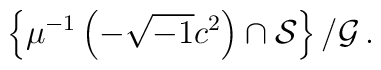
\left\{\mu^{-1}\left(-\sqrt{-1}c^2\right)\cap    \mathcal{S}\right\}/\mathcal{G}\,.